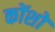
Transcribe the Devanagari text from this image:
कोंशों